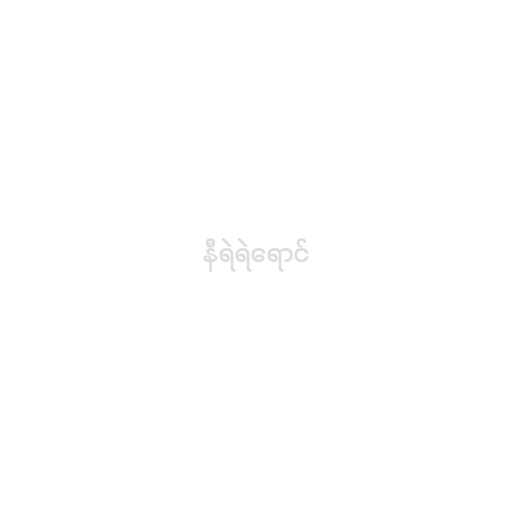
နီရဲရဲရောင်